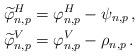
LaTeX: \begin{align*} \widetilde{\varphi}^{H}_{n,p} &= \varphi^{H}_{n,p} - \psi_{n,p}\,, \\ \widetilde{\varphi}^{V}_{n,p} &= \varphi^{V}_{n,p} - \rho_{n,p}\,.\end{align*}